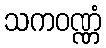
သကဝဏ္ဏံ